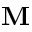
\mathbf { M }